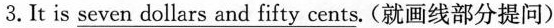
3.It is \underline{seven dollars and fifty cents}.(就画线部分提问)